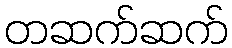
တဆက်ဆက်